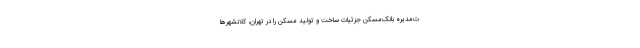
ت‌مدیره بانک‌مسکن جزئیات ساخت و تولید مسکن را در تهران، کلانشهرها